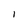
Character: 1